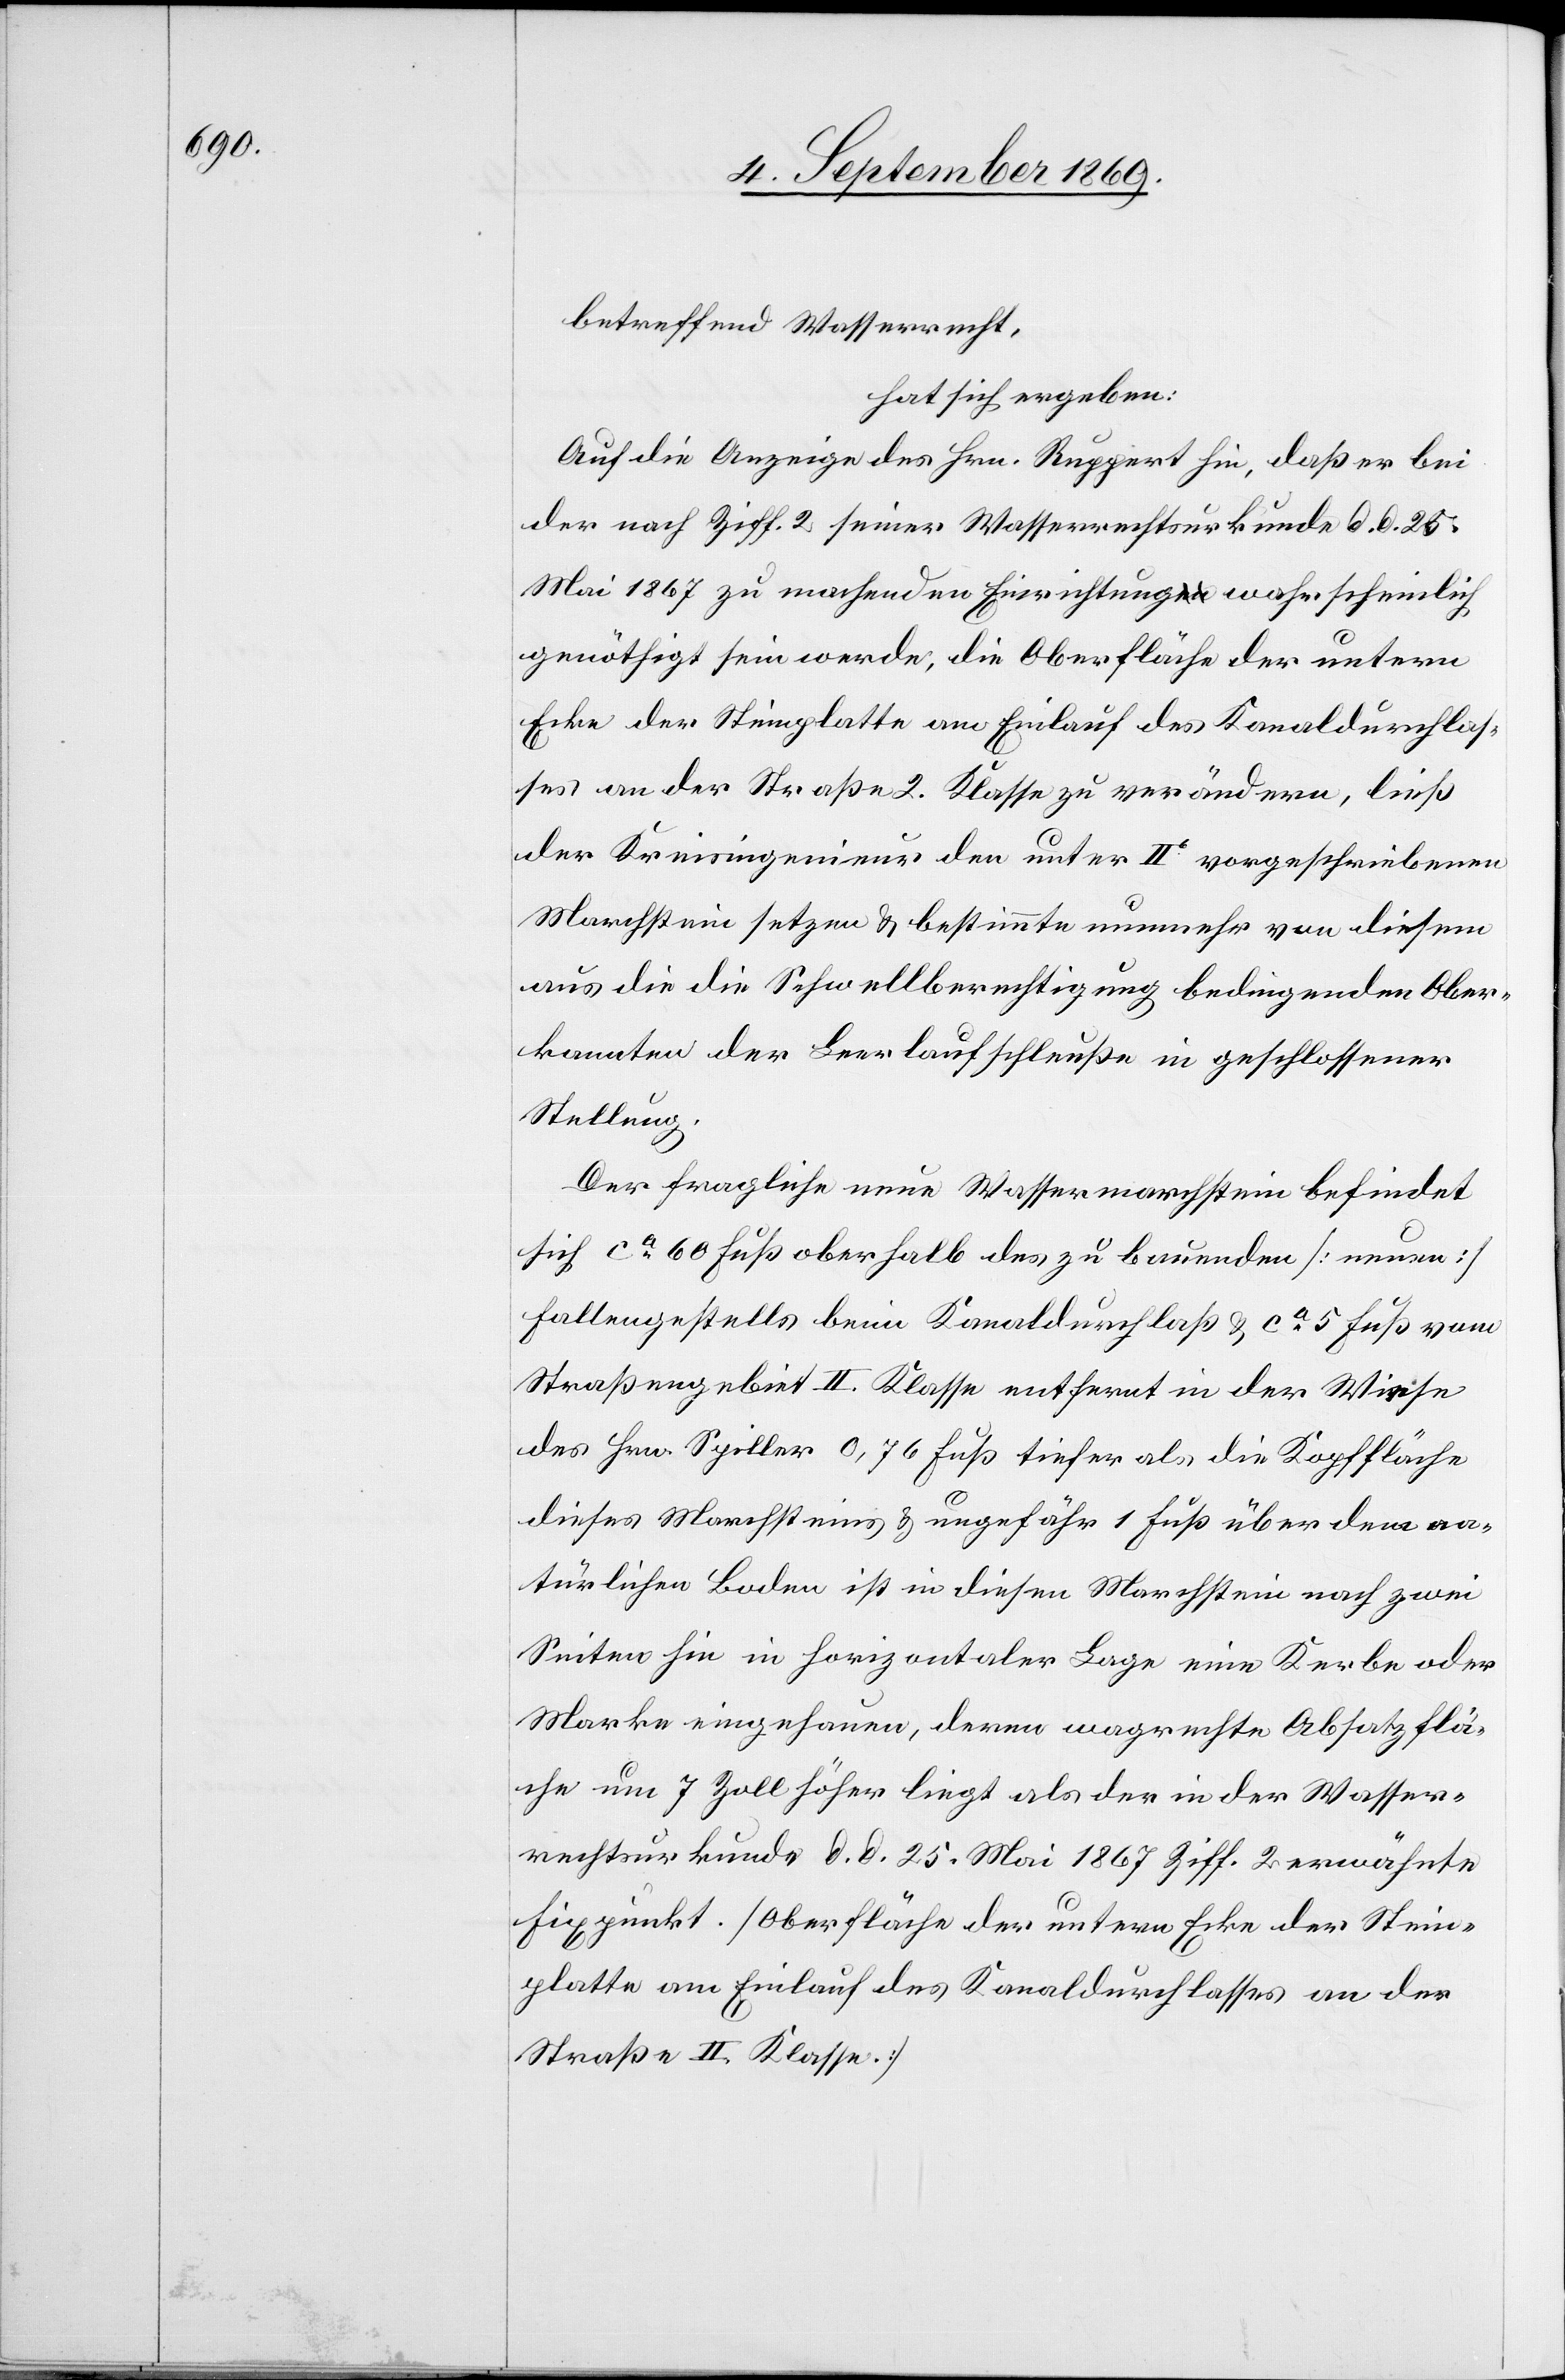
betreffend Wasserrecht,
hat sich ergeben:
Auf die Anzeige des Hrn. Ruppert hin, daß er bei
der nach Ziff. 2 seiner Wasserrechtsurkunde d. d. 25.
Mai 1867 zu machenden Einrichtung wahrscheinlich
genöthigt sein werde, die Oberfläche der untern
Ecke der Steinplatte am Einlauf des Kanaldurchlas¬
ses an der Straße 2. Klasse zu verändern, ließ
der Kreisingenieur den unter IIb vorgeschriebenen
Marchstein setzen & bestimmte nunmehr von diesem
aus die die Schwellberechtigung bedingenden Ober¬
kannten der Leerlaufschleuße in geschlossener
Stellung.
Der fragliche neue Wassermarchstein befindet
sich ca 60 Fuß oberhalb des zu bauenden [neuen]
Fallengestells beim Kanaldurchlaß & ca 5 Fuß vom
Straßengebiet II. Klasse entfernt in der Wiese
des Hrn. Spiller[.] 0,76 Fuß tiefer als die Kopffläche
dieses Marchsteins & ungefähr 1 Fuß über dem na¬
türlichen Boden ist in diesen Marchstein nach zwei
Seiten hin in horizontaler Lage eine Kerbe oder
Marke eingehauen, deren wagrechte Absatzflä¬
che um 7 Zoll höher liegt als der in der Wasser¬
rechtsurkunde d. d. 25. Mai 1867 Ziff. 2 erwähnte
Fixpunkt. [Oberfläche der untern Ecke der Stein¬
platte am Einlauf des Kanaldurchlasses an der
Straße II. Klasse.]